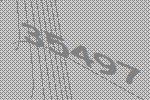
35497